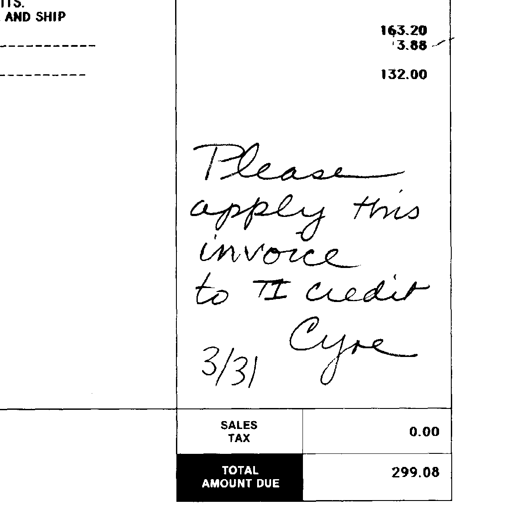
AND SHIP
163.20
3.88
132.00
Please apply this invoice to TI credit
3/31 Cyre
SALES TAX 0.00
TOTAL AMOUNT DUE 299.08